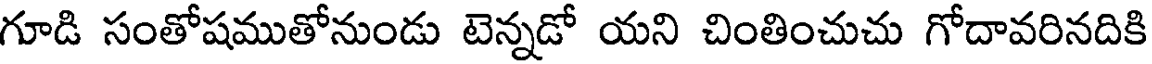
గూడి సంతోషముతోనుండు టెన్నడో యని చింతించుచు గోదావరినదికి